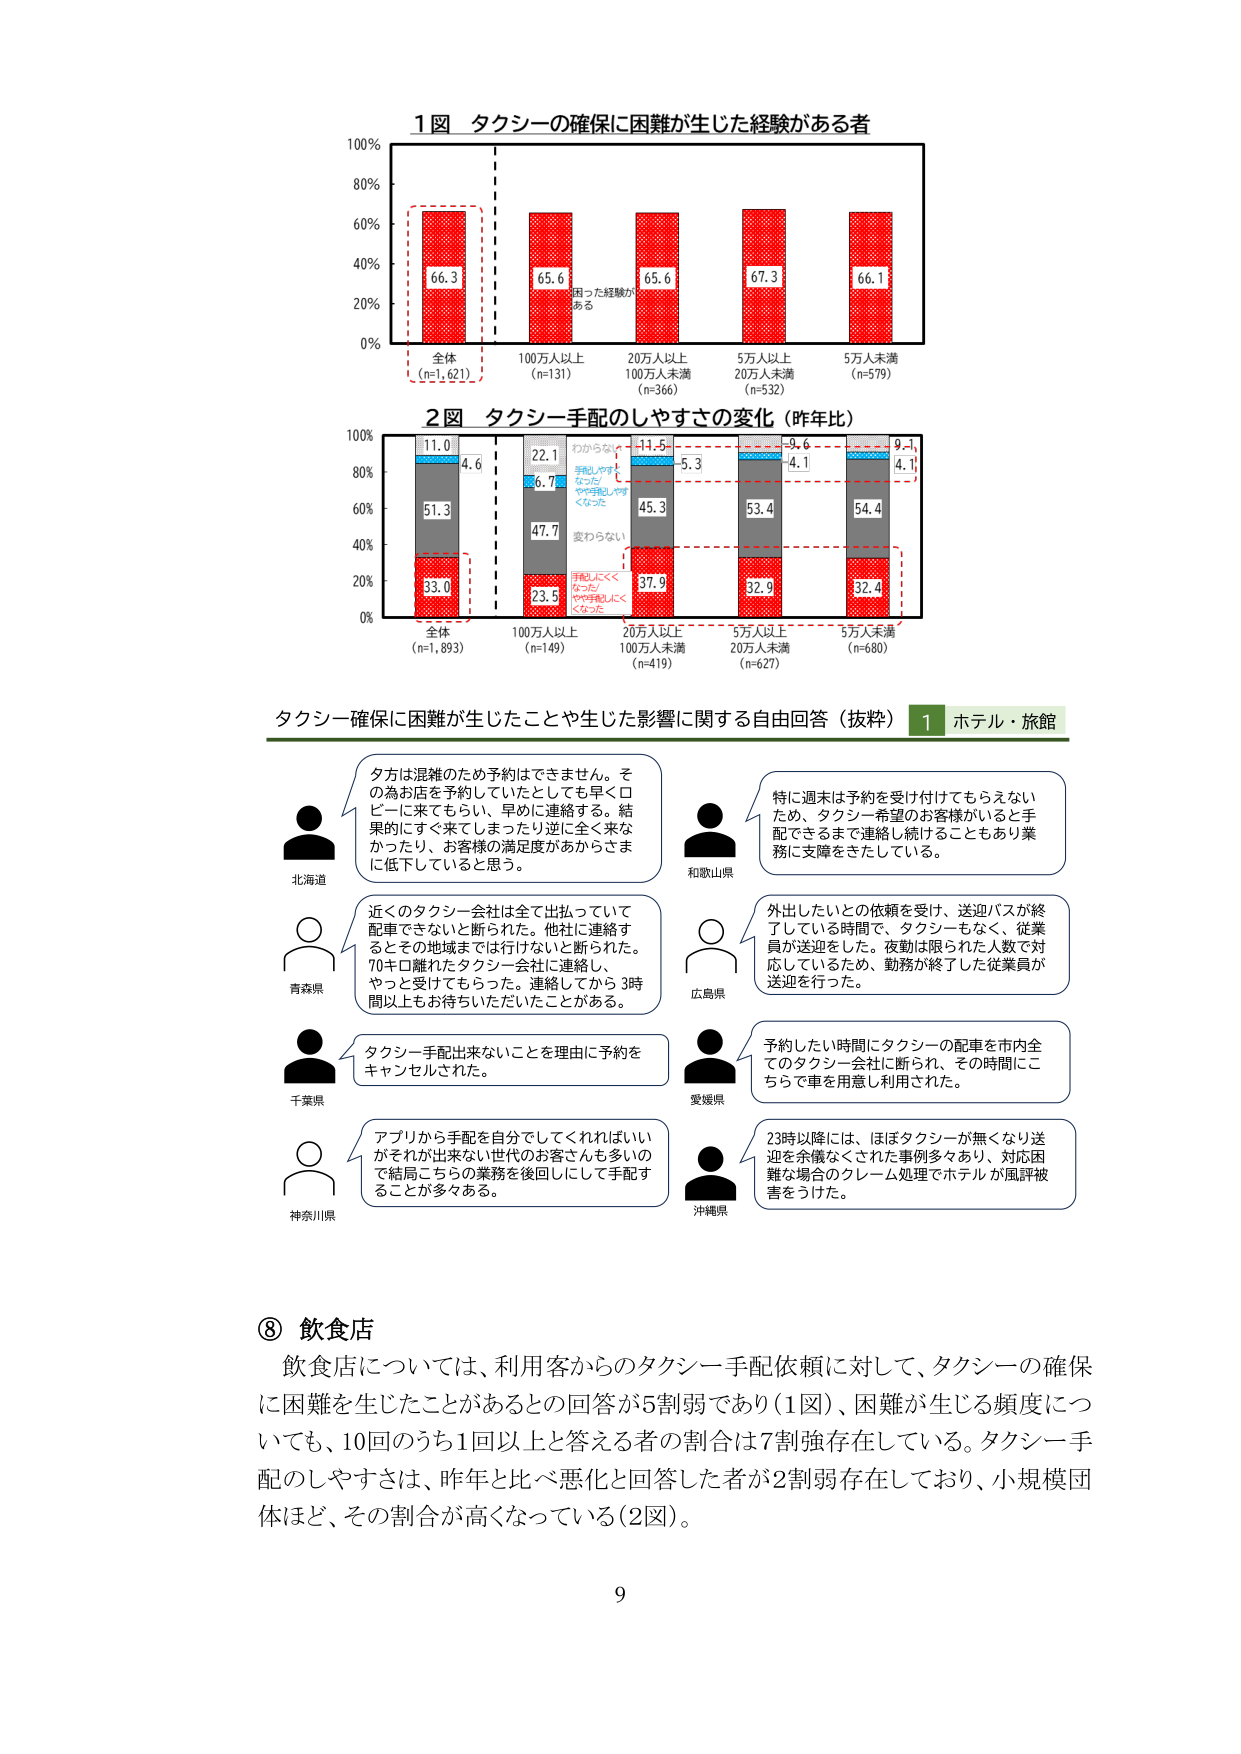
1図 タクシーの確保に困難が生じた経験がある者
100%
80%
60%
40%
20%
0%
66.3
65.6
65.6
67.3
66.1
困った経験がある
全体
(n=1,621)
100万人以上
(n=131)
20万人以上
100万人未満
(n=366)
5万人以上
20万人未満
(n=532)
5万人未満
(n=579)

2図 タクシー手配のしやすさの変化（昨年比）
100%
80%
60%
40%
20%
0%
11.0
4.6
22.1
6.7
11.5
5.3
9.6
4.1
9.1
4.1
51.3
47.7
45.3
53.4
54.4
33.0
23.5
37.9
32.9
32.4
わからな
い
手配しやす
くなった/
やや手配しやす
くなった
変わらない
手配しにく
くなった/
やや手配しにく
くなった
全体
(n=1,893)
100万人以上
(n=149)
20万人以上
100万人未満
(n=419)
5万人以上
20万人未満
(n=627)
5万人未満
(n=680)

タクシー確保に困難が生じたことや生じた影響に関する自由回答（抜粋） 1 ホテル・旅館
北海道
タ方は混雑のため予約はできません。その為お店を予約していたとしても早くロビーに来てもらし、早めに連絡する。結果的にすぐ来てしまったり逆に全く来なかったり、お客様の満足度があかさまに低下していると思う。
和歌山県
特に週末は予約を受け付けてもらえないため、タクシー希望のお客様がいると手配できるまで連絡し続けることもあり業務に支障をきたしている。
青森県
近くのタクシー会社は全て出払っていて配車できないと断られた。他社に連絡するとの地域までは行けないと断られた。70キロ離れたタクシー会社に連絡し、やっと受けてもらった。連絡してから3時間以上もお待ちいただいたことがある。
広島県
外出したいとの依頼を受け、送迎バスが終了している時間で、タクシーもなく、従業員が送迎をした。夜勤は限られた人数で対応しているため、勤務が終了した従業員が送迎を行った。
千葉県
タクシー手配出来ないことを理由に予約をキャンセルされた。
愛媛県
予約したい時間にタクシーの配車を市内全てのタクシー会社に断られ、その時間にこちらで車を用意し利用された。
神奈川県
アプリから手配を自分できてくれればいいがそれが出ない世代のお客さんも多いので結局こちらの業務を後回しにして手配することが多々ある。
沖縄県
23時以降には、ほぼタクシーが無くなり送迎を余儀なくされた事例多々あり、対応困難な場合のクレーム処理でホテルが風評被害をうけた。

③ 飲食店
飲食店については、利用客からのタクシー手配依頼に対して、タクシーの確保に困難を生じたことがあるとの回答が5割弱であり（1図）、困難が生じる頻度についても、10回のうち1回以上と答える者の割合は7割強存在している。タクシー手配のしやすさは、昨年と比べ悪化と回答した者が2割弱存在しており、小規模団体ほど、その割合が高くなっている（2図）。

9